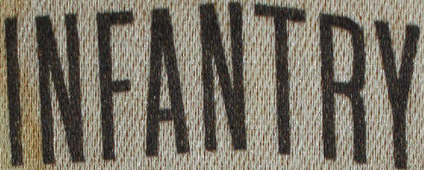
INFANTRY